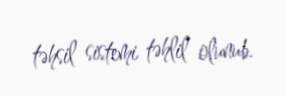
təhsil sistemi təhlil olunub.